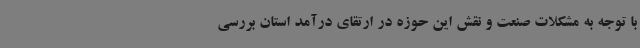
با توجه به مشکلات صنعت و نقش این حوزه در ارتقای درآمد استان بررسی